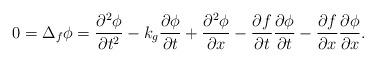
LaTeX: \begin{align*}0=\Delta_f\phi=\frac{\partial^2 \phi}{\partial t^2}-k_g\frac{\partial \phi}{\partial t}+\frac{\partial^2 \phi }{\partial x}-\frac{\partial f}{\partial t}\frac{\partial \phi}{\partial t}-\frac{\partial f}{\partial x}\frac{\partial \phi}{\partial x}.\end{align*}